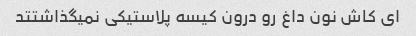
ای کاش نون داغ رو درون کیسه پلاستیکی نمیگذاشتتد